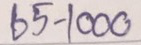
65 - 1000